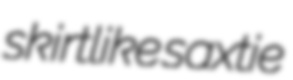
skirtlike saxtie